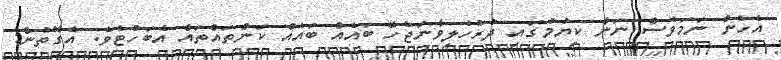
އެހެން ނަމަވެސް ނަން ކިޔުމުގައި ދުރުހެލިވާނަޖެހޭ ބައެއް ބައެއް ކަންތައްތައް އެބަހުޓެވެ. އެގޮތުން: